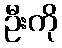
ဦးကို